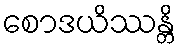
စောဒယိဿန္တိ